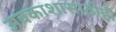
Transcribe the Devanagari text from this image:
अवकाशासाठीही